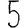
Digit: 5